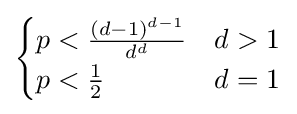
{\begin{cases}p<{\frac {(d-1)^{d-1}}{d^{d}}}&d>1\\p<{\tfrac {1}{2}}&d=1\end{cases}}